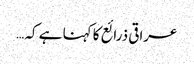
عراقی ذرائع کا کہنا ہے کہ …